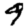
Digit: 9